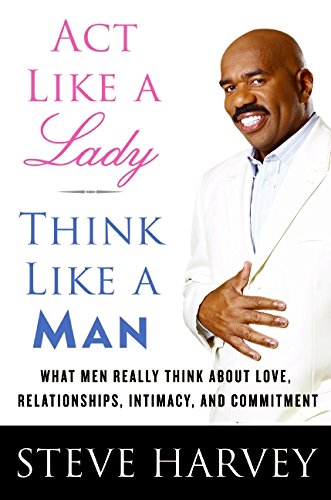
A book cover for Act Like a Lady, Think Like a Man: What Men Really Think About Love, Relationships, Intimacy, and Commitment; Steve Harvey; Self-Help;